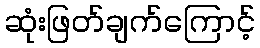
ဆုံးဖြတ်ချက်ကြောင့်